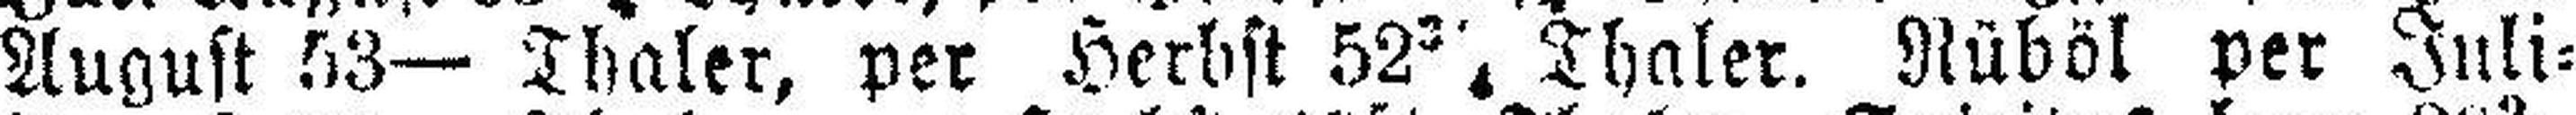
August 53— Thaler, per Herbst 52 3/4 Thaler. Rüböl per Juli=